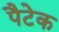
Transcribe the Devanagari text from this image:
पैटेक